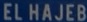
EL HAJEB